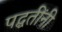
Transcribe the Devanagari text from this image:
पद्घतींनी